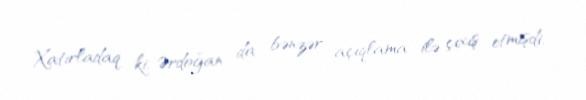
Xatırladaq ki, Ərdoğan da bənzər açıqlama ilə çıxış etmişdi.